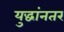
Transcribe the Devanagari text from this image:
युद्धांनतर